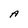
Character: A